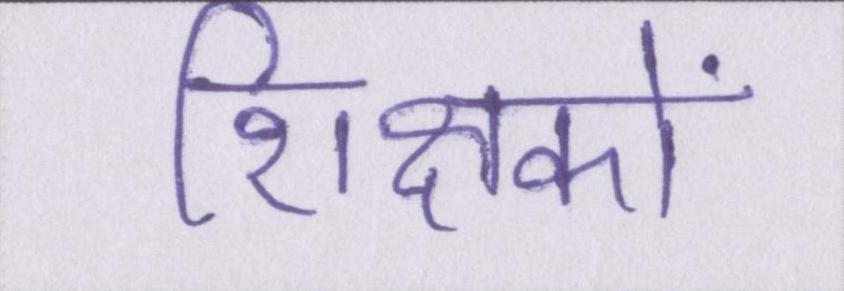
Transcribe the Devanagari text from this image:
शिक्षकों